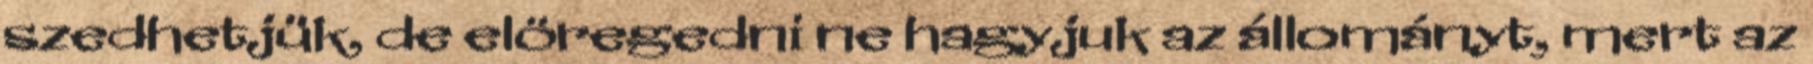
szedhetjük, de elöregedni ne hagyjuk az állományt, mert az